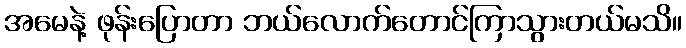
အမေနဲ့ ဖုန်းပြောတာ ဘယ်လောက်တောင်ကြာသွားတယ်မသိ။